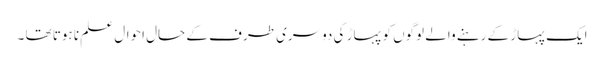
ایک پہاڑ کے رہنے والے لوگوں کو پہاڑ کی دوسری طرف کے حال احوال علم نا ہوتا تھا ۔